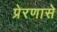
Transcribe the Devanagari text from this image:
प्रेरणासे